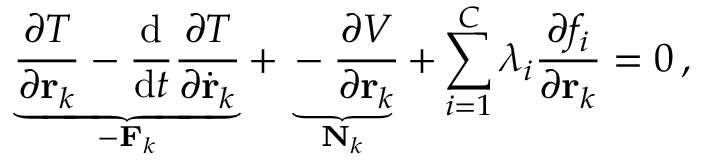
\underbrace { { \frac { \partial T } { \partial \mathbf { r } _ { k } } } - { \frac { \mathrm { d } } { \mathrm { d } t } } { \frac { \partial T } { \partial { \dot { \mathbf { r } } } _ { k } } } } _ { - \mathbf { F } _ { k } } + \underbrace { - { \frac { \partial V } { \partial \mathbf { r } _ { k } } } } _ { \mathbf { N } _ { k } } + \sum _ { i = 1 } ^ { C } \lambda _ { i } { \frac { \partial f _ { i } } { \partial \mathbf { r } _ { k } } } = 0 \, ,